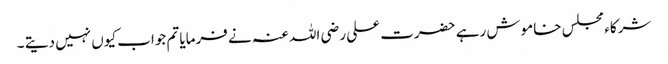
شرکاء مجلس خاموش رہے حضرت علی رضی اللہ عنہ نے فرمایا تم جواب کیوں نہیں دیتے ۔